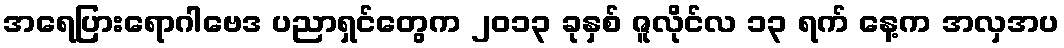
အရေပြားရောဂါဗေဒ ပညာရှင်တွေက ၂၀၁၃ ခုနှစ် ဇူလိုင်လ ၁၃ ရက် နေ့က အလှအပ